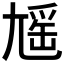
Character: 𡰃